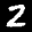
Label: 2